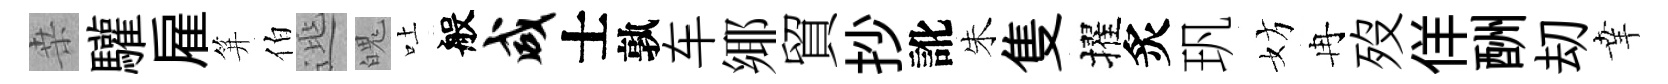
桒驩雇笄伯𨓱魄吐般咸士孰车鄊貿抄訛朱隻擢炙㺬妨冉歿佯酬刧𦍒